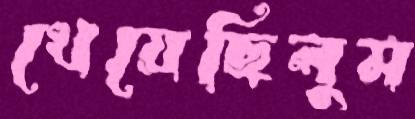
খেয়েছিলুম